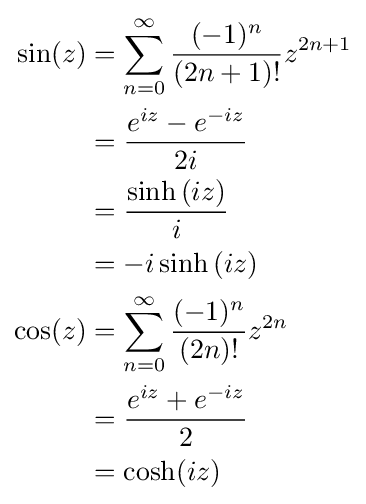
{\begin{aligned}\sin(z)&=\sum _{n=0}^{\infty }{\frac {(-1)^{n}}{(2n+1)!}}z^{2n+1}\\&={\frac {e^{iz}-e^{-iz}}{2i}}\\&={\frac {\sinh \left(iz\right)}{i}}\\&=-i\sinh \left(iz\right)\\\cos(z)&=\sum _{n=0}^{\infty }{\frac {(-1)^{n}}{(2n)!}}z^{2n}\\&={\frac {e^{iz}+e^{-iz}}{2}}\\&=\cosh(iz)\\\end{aligned}}